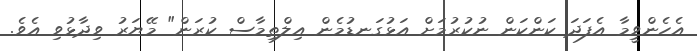
އެހެންވީމާ އެފަދަ ކަންކަން ނުކުރުމަށް އަޅުގަނޑުމެން އިލްތިމާސް ކުރަން" މޭޔަރު ވިދާޅުވި އެވެ.